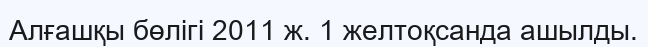
Алғашқы бөлігі 2011 ж. 1 желтоқсанда ашылды.